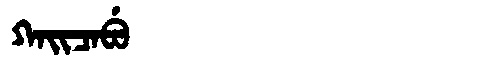
Manchu: ᡴᠠᡳᠴᠠᠪᡠ
Romanization: KAICABU